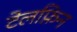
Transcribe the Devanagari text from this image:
टेलफ़िन